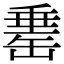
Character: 𦈼